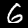
Digit: 6